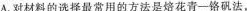
A.对材料的选择最常用的方法是烙花青—铬矾法，